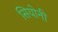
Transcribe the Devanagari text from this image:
सियोनी